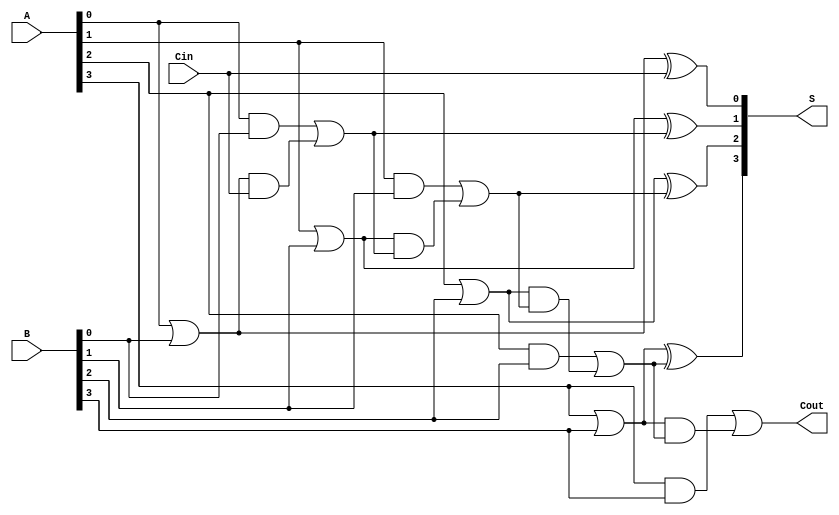
module RCLA #(parameter n = 4) (
    input [n-1:0] A,      // First n-bit input
    input [n-1:0] B,      // Second n-bit input
    input Cin,            // Carry-in
    output [n-1:0] S,     // Sum output
    output Cout           // Carry-out
);

    // Generate and Propagate signals
    wire [n-1:0] G; // Generate signals
    wire [n-1:0] P; // Propagate signals
    wire [n:0] C;   // Carry signals

    // Generate and Propagate logic
    genvar i;
    generate
        for (i = 0; i < n; i = i + 1) begin : gp_logic
            assign G[i] = A[i] & B[i];    // Generate
            assign P[i] = A[i] | B[i];    // Propagate
        end
    endgenerate

    // Carry computation using lookahead logic
    assign C[0] = Cin; // Initial carry
    generate
        for (i = 0; i < n; i = i + 1) begin : carry_logic
            if (i == 0) begin
                assign C[i+1] = G[i] | (P[i] & C[i]);
            end else begin
                assign C[i+1] = G[i] | (P[i] & C[i]);
            end
        end
    endgenerate

    // Sum computation
    generate
        for (i = 0; i < n; i = i + 1) begin : sum_logic
            assign S[i] = P[i] ^ C[i]; // Sum
        end
    endgenerate

    // Carry-out
    assign Cout = C[n];

endmodule